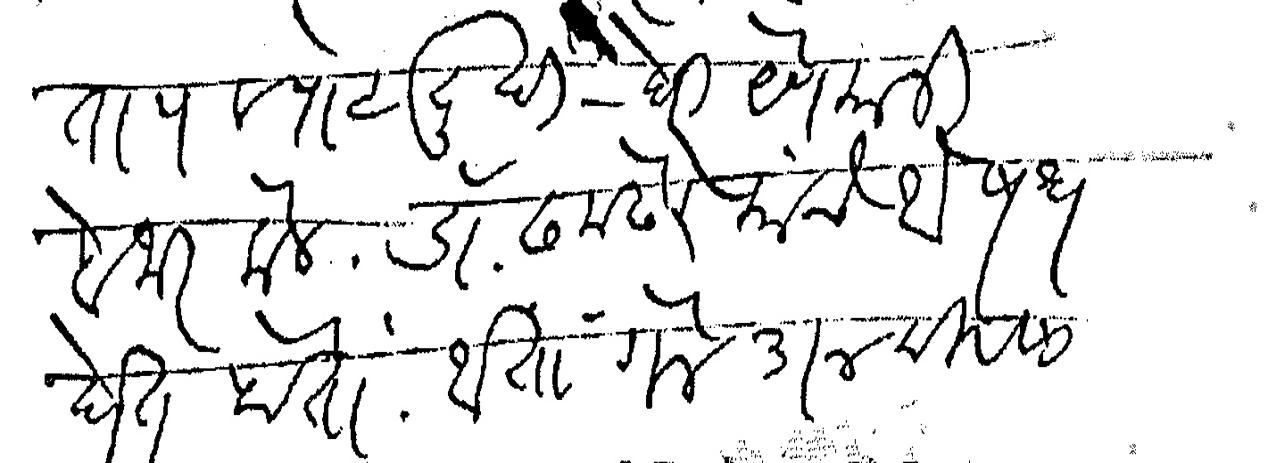
Transliteration (Devanagari): ताप व पोटदुखी घेरी येणे यांनी बेजार केले डॉ ढमढेरे यांचे औषध घेत होतो आता गेले ३ ४ दिवसापासून